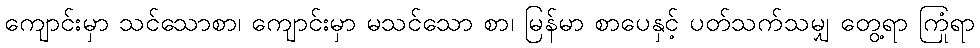
ကျောင်းမှာ သင်သောစာ၊ ကျောင်းမှာ မသင်သော စာ၊ မြန်မာ စာပေနှင့် ပတ်သက်သမျှ တွေ့ရာ ကြုံရာ